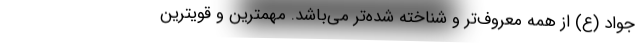
جواد (ع) از همه معروف‌تر و شناخته شده‌تر می‌باشد. مهمترین و قویترین